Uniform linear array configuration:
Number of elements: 32
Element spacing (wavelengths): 0.25
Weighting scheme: blackman
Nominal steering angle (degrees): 45
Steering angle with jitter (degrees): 46.636
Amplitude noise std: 0.05
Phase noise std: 0.05

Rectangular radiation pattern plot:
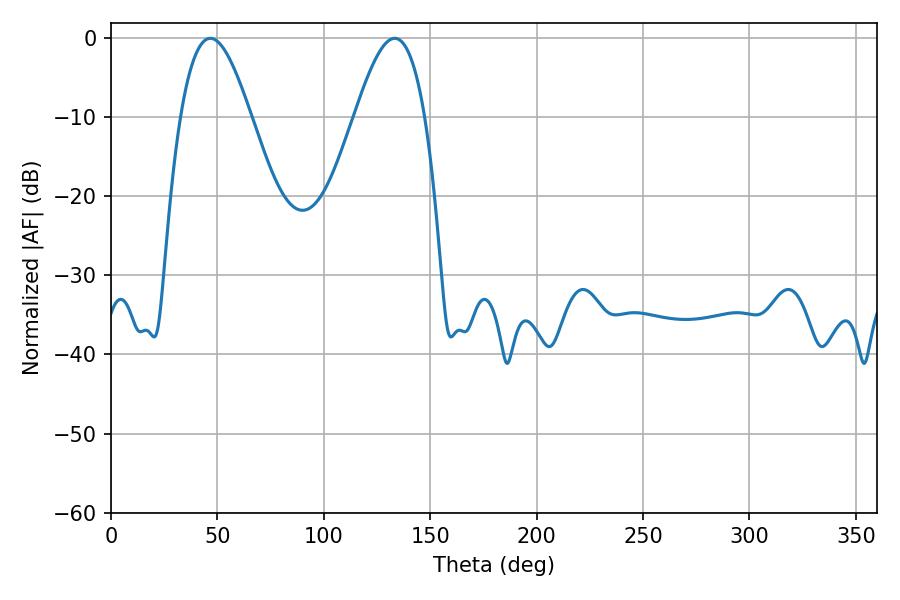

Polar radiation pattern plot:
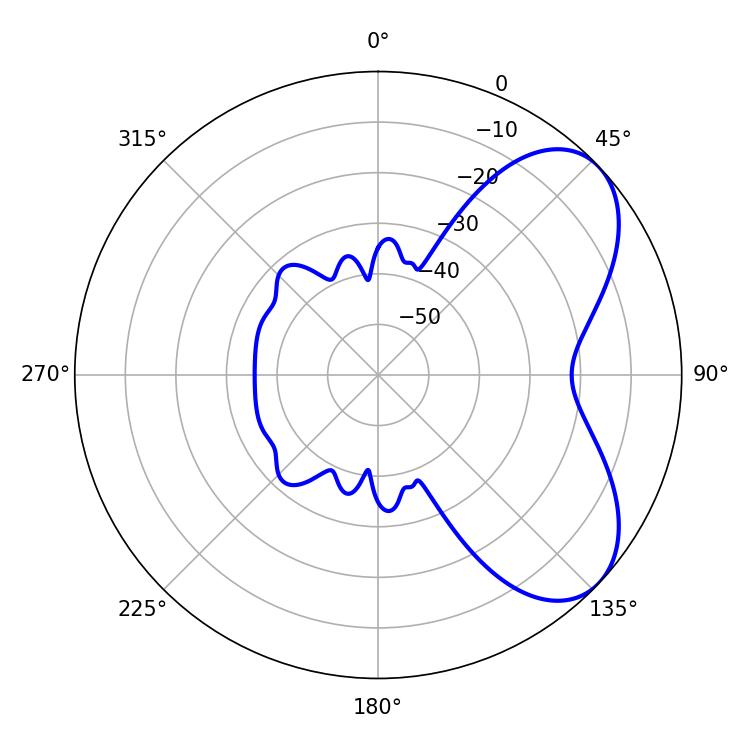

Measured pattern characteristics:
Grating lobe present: FALSE
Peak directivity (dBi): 5.965
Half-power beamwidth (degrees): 17.82
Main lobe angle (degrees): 46.62